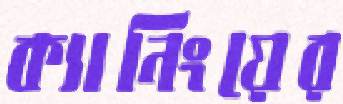
ক্যানিংয়ের